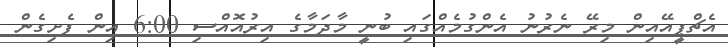
އެޗްޕީއޭއިން މިރޭ ނެރުނު އެންގުމެއްގައި ބުނީ މާދަމާގެ އިރުއޮއްސި 6:00 އިން ފެށިގެން